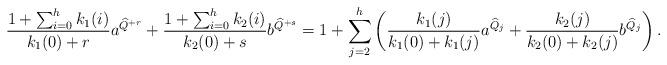
LaTeX: \begin{align*}\frac{1+\sum_{i=0}^hk_1(i)}{k_1(0)+r}a^{\widehat{Q}^{+r}} +\frac{1+\sum_{i=0}^hk_2(i)}{k_2(0)+s}b^{\widehat{Q}^{+s}} = 1 + \sum_{j=2}^h\left(\frac{k_1(j)}{k_1(0)+k_1(j)}a^{\widehat{Q}_j} +\frac{k_2(j)}{k_2(0)+k_2(j)}b^{\widehat{Q}_j}\right).\end{align*}